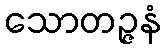
သောတဉ္ဇနံ